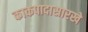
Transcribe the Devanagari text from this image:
काकपादासारखे